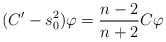
LaTeX: \begin{align*}(C'-s_0^2) \varphi = \frac{n-2}{n+2} C\varphi\end{align*}